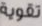
تقوية